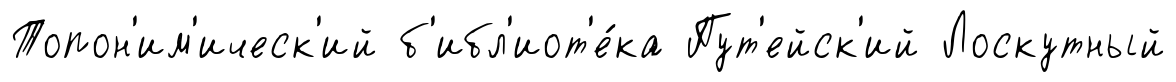
Топон'им'ическ'ий б'ибл'иот'е́ка Пут'ейск'ий Лоскутный